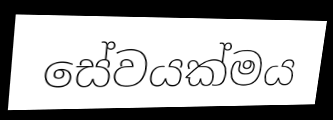
සේවයක්මය